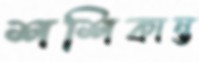
শশিকান্ত